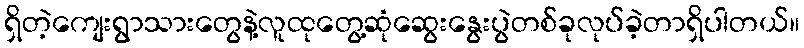
ရှိတဲ့ကျေးရွာသားတွေနဲ့လူထုတွေ့ဆုံဆွေးနွေးပွဲတစ်ခုလုပ်ခဲ့တာရှိပါတယ်။